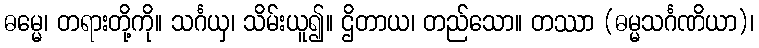
ဓမ္မေ၊ တရားတို့ကို။ သင်္ဂယှ၊ သိမ်းယူ၍။ ဌိတာယ၊ တည်သော။ တဿာ (ဓမ္မသင်္ဂဏိယာ)၊